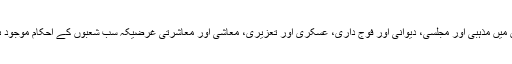
ا س میں مذہبی اور مجلسی، دیوانی اور فوج داری، عسکری اور تعزیری، معاشی اور معاشرتی غرضیکہ سب شعبوں کے احکام موجود ہیں۔